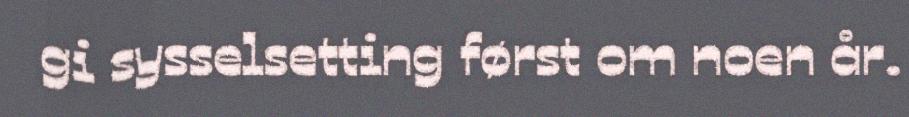
gi sysselsetting først om noen år.